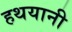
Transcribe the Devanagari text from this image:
हथयानी